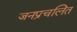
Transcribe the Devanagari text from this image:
जनप्रचलित